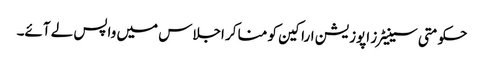
حکومتی سینیٹرز اپوزیشن اراکین کو منا کر اجلاس میں واپس لے آئے۔